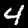
Digit: 4